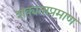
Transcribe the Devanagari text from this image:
शक्यताप्रमाण